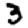
Digit: 3